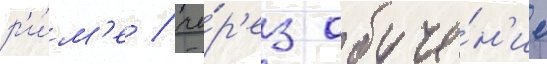
р'и́м'е / че́р'ез обуче́н'ие